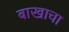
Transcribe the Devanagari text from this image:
बाखाचा